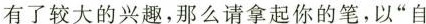
有了较大的兴趣，那么请拿起你的笔，以”自